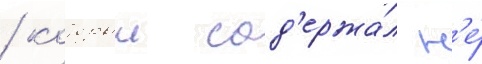
/ которыи сод'ержа́л н'е́